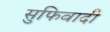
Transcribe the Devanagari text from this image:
सुफिवादी